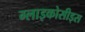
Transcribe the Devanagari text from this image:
ग्लाइकोसीड्स